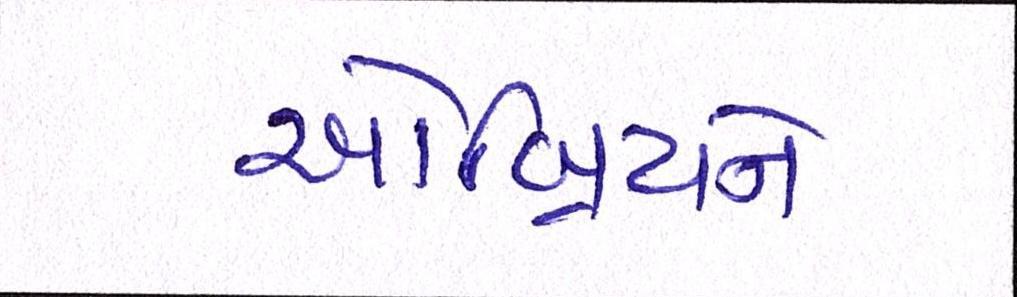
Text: ઓબ્રિયને